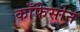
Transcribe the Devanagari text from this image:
काँफेसोन